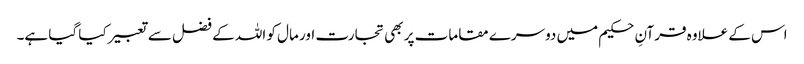
اس کے علاوہ قرآنِ حکیم میں دوسرے مقامات پر بھی تجارت اور مال کو اللہ کے فضل سے تعبیر کیا گیا ہے۔